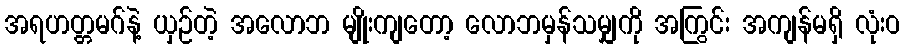
အရဟတ္တမဂ်နဲ့ ယှဉ်တဲ့ အလောဘ မျိုးကျတော့ လောဘမှန်သမျှကို အကြွင်း အကျန်မရှိ လုံးဝ